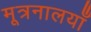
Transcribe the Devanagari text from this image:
मूत्रनालयाँ